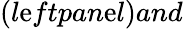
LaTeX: (l\mathrm{e}ftpan\mathrm{e}l)and